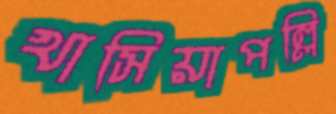
খাসিয়াপল্লি